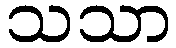
သသာ